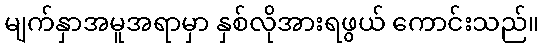
မျက်နှာအမူအရာမှာ နှစ်လိုအားရဖွယ် ကောင်းသည်။